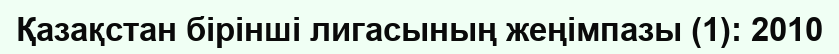
Қазақстан бірінші лигасының жеңімпазы (1): 2010